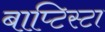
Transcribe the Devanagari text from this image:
बाप्टिस्टा